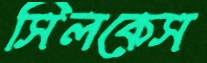
সিলকেস